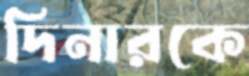
দিনারকে